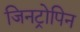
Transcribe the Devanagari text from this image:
जिनट्रोपिन